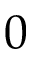
0